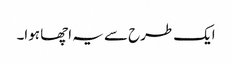
ایک طرح سے یہ اچھا ہوا۔